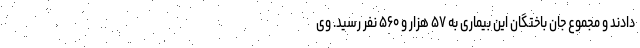
دادند و مجموع جان باختگان این بیماری به ۵۷ هزار و ۵۶۰ نفر رسید. وی